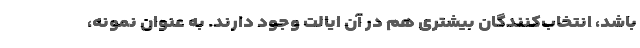
باشد، انتخاب‌کنندگان بیشتری هم در آن ایالت وجود دارند. به عنوان نمونه،